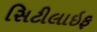
સિટીલાઇફ